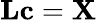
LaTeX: \mathbf{L}\mathbf{c}=\mathbf{X}